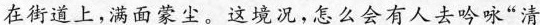
在街道上，满面蒙尘。这境况，怎么会有人去吟咏“清